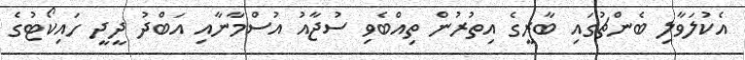
އެކުލަވާލި ބެންޗުގައި ބާރީގެ އިތުރުން ތިއްބެވި ސުޖާއު އުސްމާނާއި އަބްދު ދީދީ ހައިކޯޓުގެ